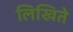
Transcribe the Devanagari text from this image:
लिखिते